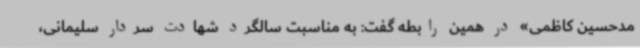
مدحسین کاظمی» در همین رابطه گفت: به مناسبت سالگرد شهادت سردار سلیمانی،